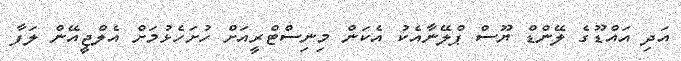
އަދި އައްޑޫގެ ލޭންޑް ޔޫސް ޕްލޭނާއެކު އެކަން މިނިސްޓްރީއަށް ހުށަހެޅުމަށް އެލްޖީއޭން ލަފާ